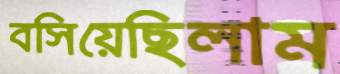
বসিয়েছিলাম